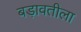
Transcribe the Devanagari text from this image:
बड़ावतीला